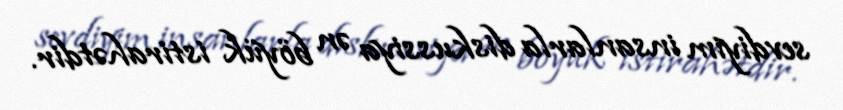
sevdiyim insanlarla diskussiya ən böyük istirahətdir.